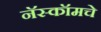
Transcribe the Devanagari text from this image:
नॅस्कॉमचे